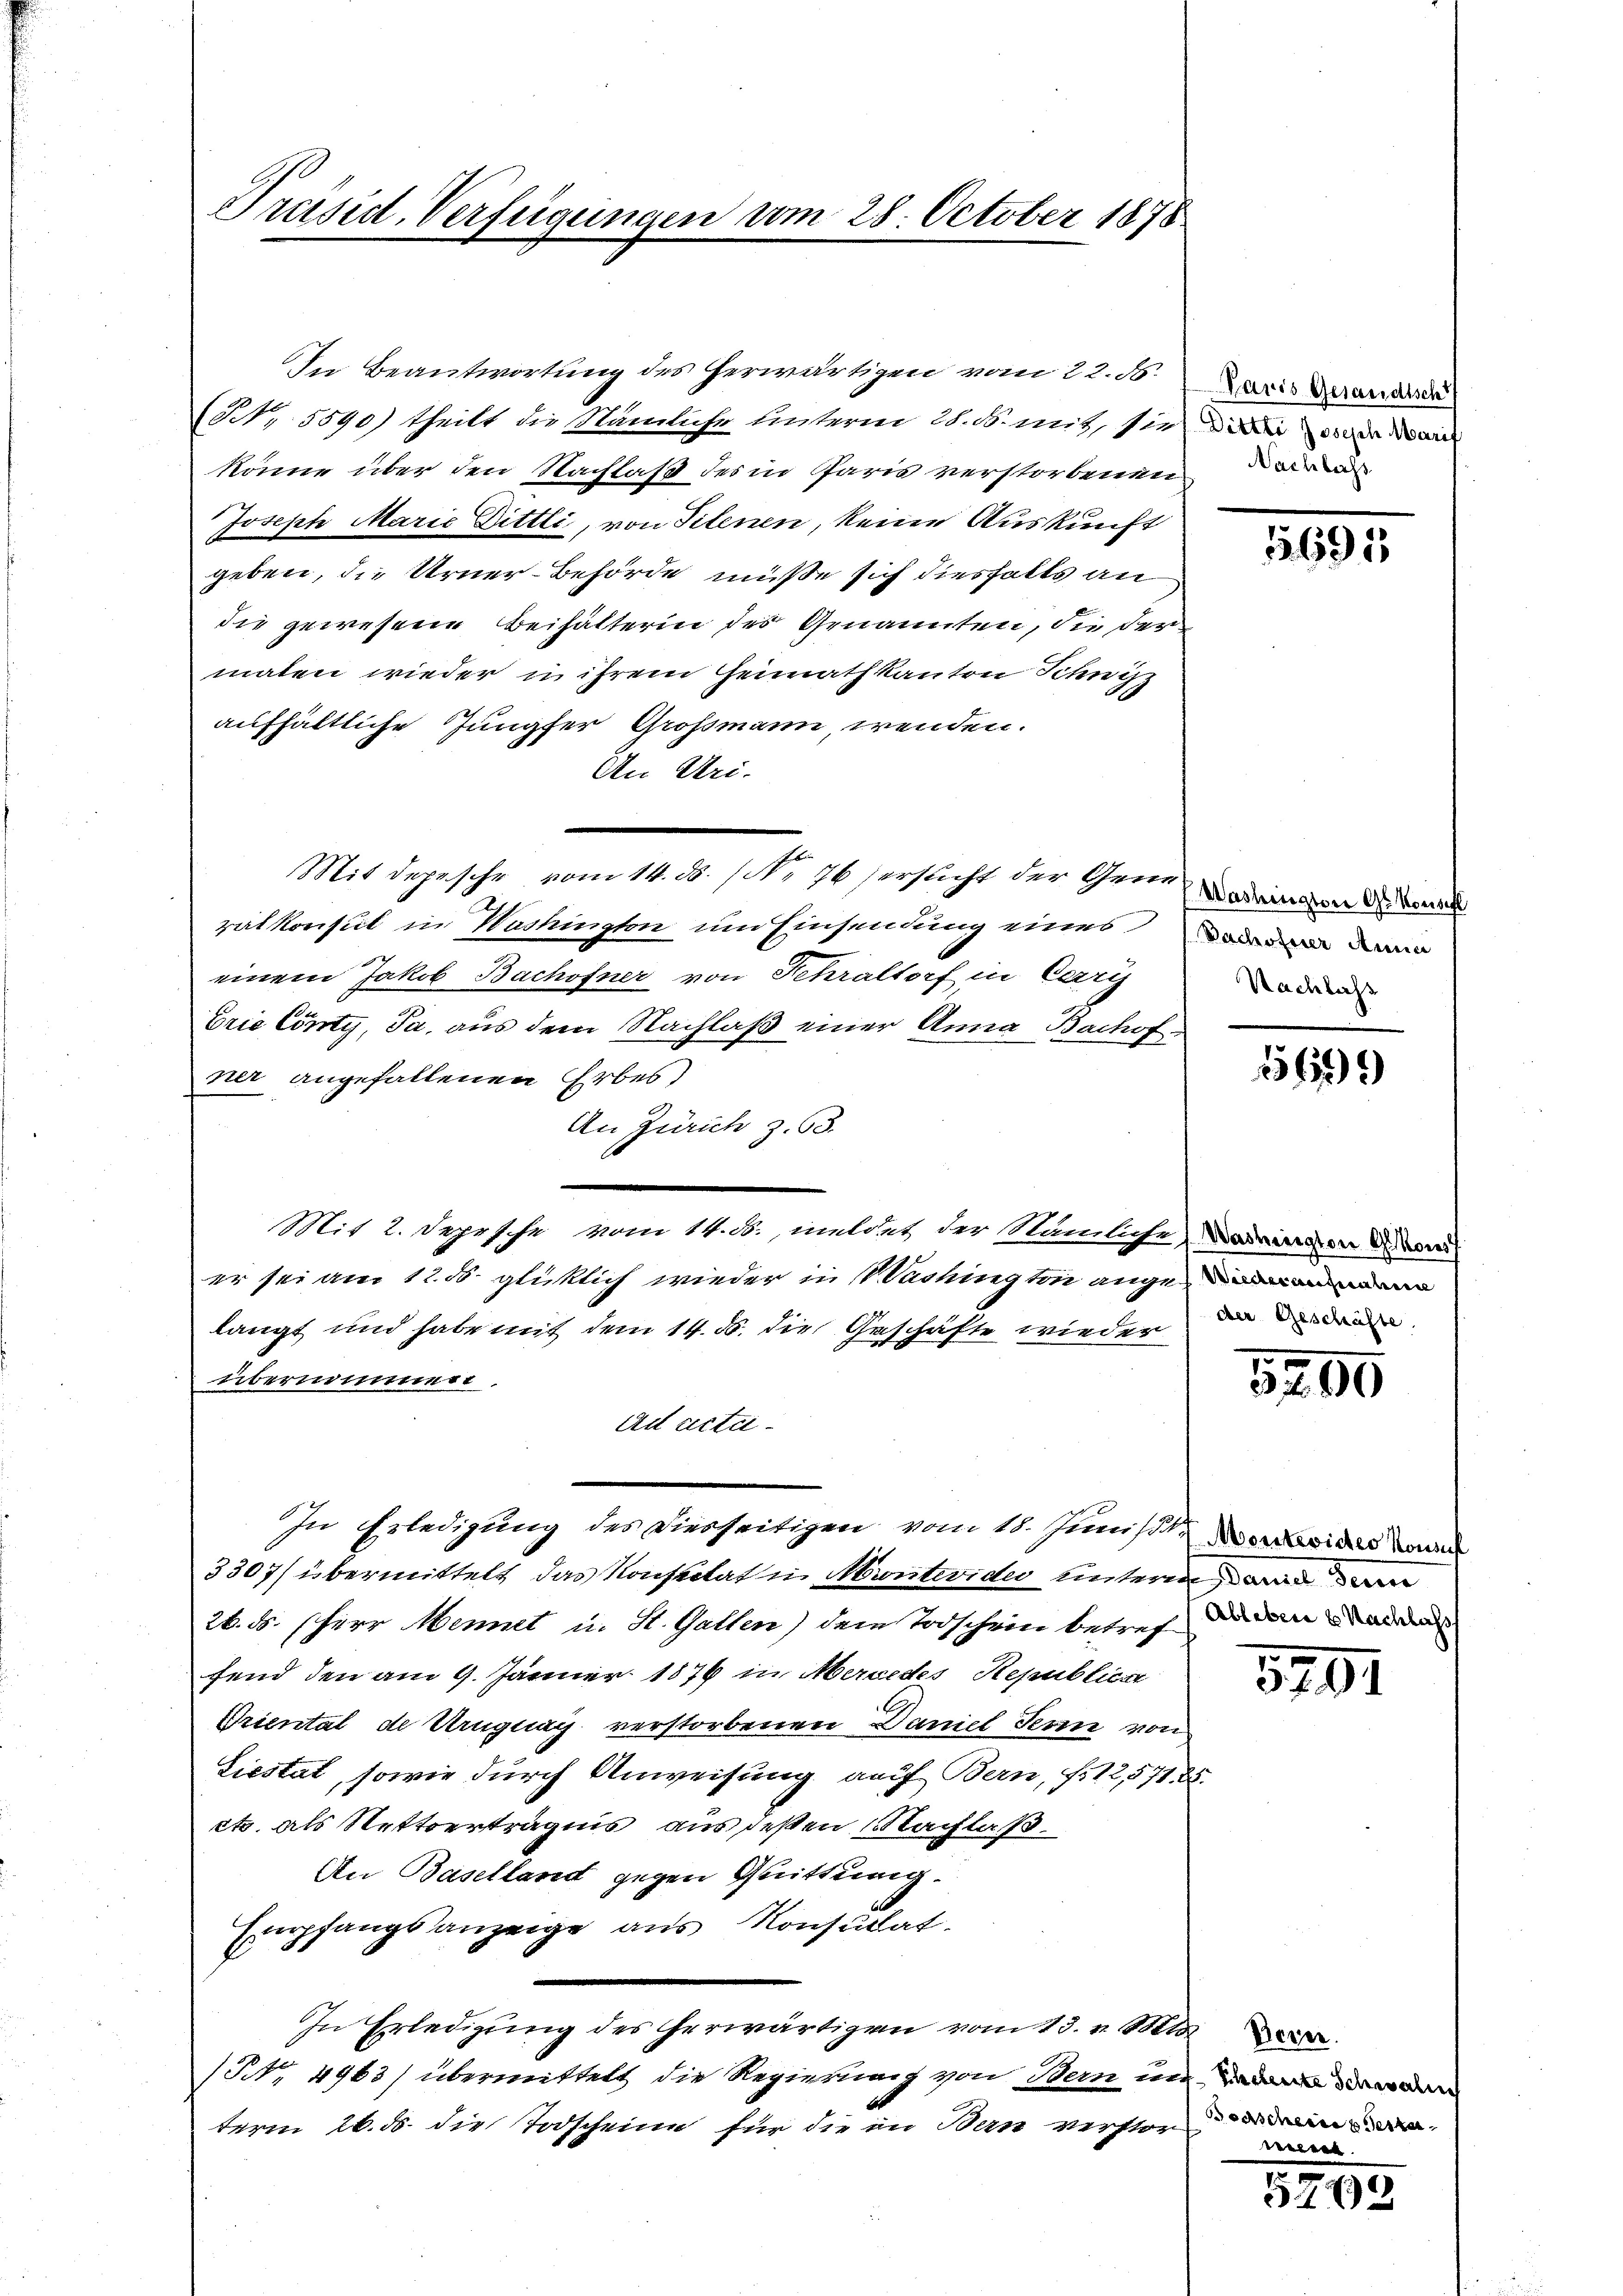
Präsid. Verfügungen um 28. October 1878

In Beantwortung des herwärtigen vom 22. ds.
(NN, 5590) theilt die Nämliche Unterm 28. B. mit, sie da
könne über den Nachlaß des in Paris verstorbenen
Joseph Marie Dittli, von Filenen, keine Auskunft
geben, die Urner-Behörde müße sich diesfalls an
die gewesene Beihälterin des Genannten, die der
maten wieder in ihrem Heimathkanton Schwyz
aufhältliche Jungfer Großmann, wenden.
An Uri.
Mit depesche vom 14. ds. / Nr 76 ersticht der Gemeind
ralkonsul in Washington um Einsendung eines a
einem Jakob Bachofner von Fehraltorf in Carris
Dric Cönty, Ja, aus dem Nachlaß einer Anna Bachofner angefallenen Erbes
An Zürich z. 63.
Mit 2. Depesche vom 14. ds., meldet der Nämliche Warnungen d. Mori
er sei am 12. ds glücklich wieder in Washington angelangt und habe mit dem 14. d. die Geschäfte wieden die dre
übernommen
Ad actei¬
In Erledigung des Diesseitigen vom 18. Junisi der
3307/ übermittelt das Konstitat in Montevide unterm war n
26. ds. sherr Mennet u. St. Gallen) dem Todschein betref da den a
fend den am 9. Jänner 1876 in Mercedes Republicat
Triental de Uruguay verstorbenen Daniel Seren von
Liestat, sowie durch Anweisung auf Bern, fr12,571. 25.
ct. als Netterträgnis aus deßen Nachlaß.
An Baselland gegen Quittung.
Empfangsanzeige aus Konsulat
In Erledigŭng des herwärtigen vom 13. v. Mts
(NNo. 4963) übermittelt die Regierung von Bern und
term 26. d. die Todscheine für die in Bern verstor

Paris Gesandisch
Nachlass

1691

Nachlass

1569

5290

5701

e

5749